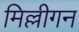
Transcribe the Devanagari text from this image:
मिल्लीगन